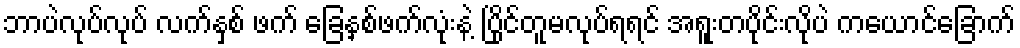
ဘာပဲလုပ်လုပ် လက်နှစ် ဖက် ခြေနှစ်ဖက်လုံးနဲ့ ပြိုင်တူမလုပ်ရရင် အရူးတပိုင်းလိုပဲ ကယောင်ခြောက်